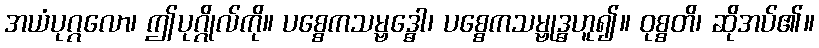
အယံပုဂ္ဂလော၊ ဤပုဂ္ဂိုလ်ကို။ ပစ္စေကသမ္ဗဒ္ဓေါ၊ ပစ္စေကသမ္ဗုဒ္ဓဟူ၍။ ဝုစ္စတိ၊ ဆိုအပ်၏။